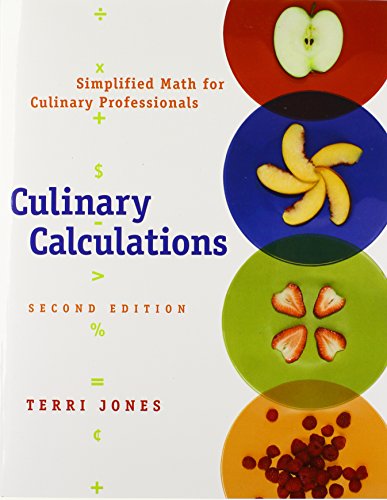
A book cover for Culinary Calculations: Simplified Math for Culinary Professionals; Terri Jones; Cookbooks, Food & Wine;